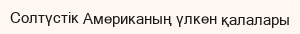
Солтүстік Американың үлкен қалалары